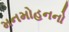
મનમોહનનો